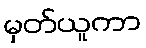
မှတ်ယူကာ